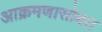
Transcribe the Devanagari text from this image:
आक्रमणासोबत